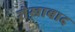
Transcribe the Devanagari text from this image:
शेख़ाबाद